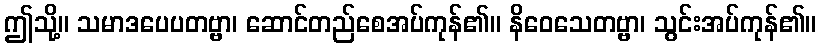
ဤသို့။ သမာဒပေပတဗ္ဗာ၊ ဆောင်တည်စေအပ်ကုန်၏။ နိဝေသေတဗ္ဗာ၊ သွင်းအပ်ကုန်၏။